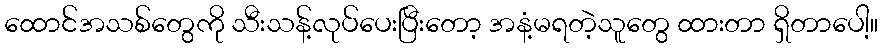
ထောင်အသစ်တွေကို သီးသန့်လုပ်ပေးပြီးတော့ အနံ့မရတဲ့သူတွေ ထားတာ ရှိတာပေါ့။